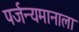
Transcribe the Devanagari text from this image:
पर्जन्यमानाला